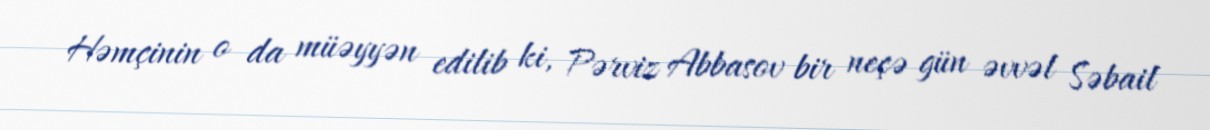
Həmçinin o da müəyyən edilib ki, Pərviz Abbasov bir neçə gün əvvəl Səbail